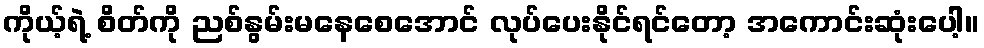
ကိုယ့်ရဲ့ စိတ်ကို ညစ်နွမ်းမနေစေအောင် လုပ်ပေးနိုင်ရင်တော့ အကောင်းဆုံးပေါ့။